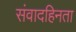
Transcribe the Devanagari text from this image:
संवादहिनता